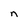
Character: n